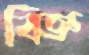
বিজ্ঞ